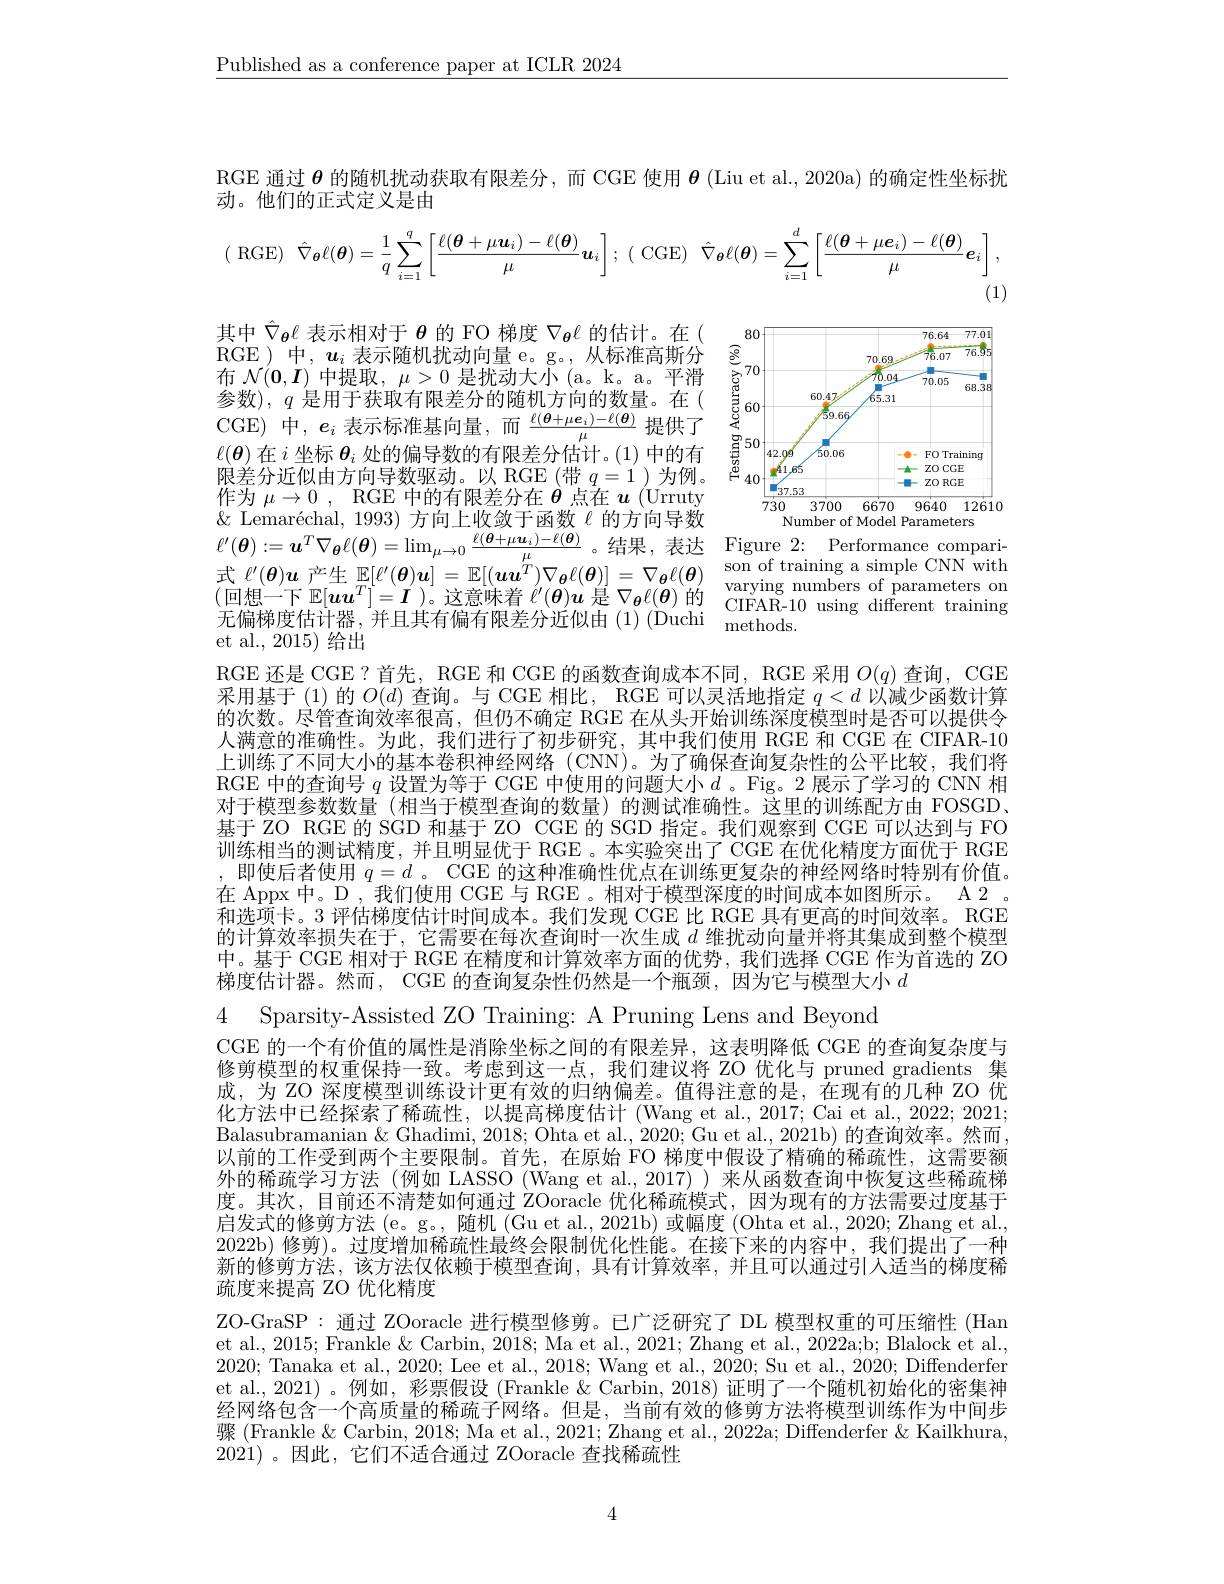
$\underline{\text{Published as a conference paper at ICLR 2024}}$

RGE 通过$\theta$的随机扰动获取有限差分，而 CGE 使用$\boldsymbol{\theta}$ (Liu et al., 2020a) 的确定性坐标扰
动。他们的正式定义是由
$$(\:\mathrm{RGE})\:\hat{\nabla}_{\boldsymbol{\theta}}\ell(\boldsymbol{\theta})=\frac{1}{q}\sum_{i=1}^{q}\left[\frac{\ell(\boldsymbol{\theta}+\mu\boldsymbol{u}_{i})-\ell(\boldsymbol{\theta})}{\mu}\boldsymbol{u}_{i}\right];\:(\:\mathrm{CGE})\:\hat{\nabla}_{\boldsymbol{\theta}}\ell(\boldsymbol{\theta})=\sum_{i=1}^{d}\left[\frac{\ell(\boldsymbol{\theta}+\mu\boldsymbol{e}_{i})-\ell(\boldsymbol{\theta})}{\mu}\boldsymbol{e}_{i}\right],$$
<FigureHere>
Number of Model Parameters

其中$\hat{\nabla}_{\theta}\ell$表示相对于$\theta$的 FO 梯度$\nabla_{\theta}\ell$的估计。在( RGE)中，$u_i$表示随机扰动向量 e。g。,从标准高斯分布$\mathcal{N}(\mathbf{0},\boldsymbol{I})$中提取$,\mu>0$是扰动大小(a。k。a。平滑参数), $q$是用于获取有限差分的随机方向的数量。在( CGE) 中，$e_i$表示标准基向量，而$\frac{\ell(\boldsymbol{\theta}+\mu\boldsymbol{e}_i)-\ell(\boldsymbol{\theta})}\mu$提供了$\ell(\boldsymbol{\theta})$在$i$坐标$\boldsymbol\theta_i$处的偏导数的有限差分估计。(1)中的有限差分近似由方向导数驱动。以 RGE (带 $q=1)$为例。作为 $\mu \to 0 , $RGE中的有限差分在 $\boldsymbol{\theta}~$点在 $\boldsymbol{u}~($Urruty $\& \text{ Lemar\'{e} chal, 1993) 方 向 上 收 敛 于 函 数 }\ell$的方向导数$\ell^{\prime}(\boldsymbol{\theta}):=\boldsymbol{u}^T\nabla_{\boldsymbol{\theta}}\ell(\boldsymbol{\theta})=\lim_{\mu\to0}\frac{\ell(\boldsymbol{\theta}+\mu\boldsymbol{u}_i)-\ell(\boldsymbol{\theta})}{\underline{\mu}}$。结果，表达 Figure 2:Performance compari式$\ell^{\prime}(\boldsymbol{\theta})\boldsymbol{u}$产生$\mathbb{E} [ \ell ^{\prime }( \boldsymbol{\theta }) \boldsymbol{u}] = \mathbb{E} [ ( \boldsymbol{u}\boldsymbol{u}^{T}) \nabla _{\boldsymbol{\theta }}\ell ( \boldsymbol{\theta }) ] = \nabla _{\boldsymbol{\theta }}\ell ( \boldsymbol{\theta })$ son of training a simple CNN with 山 $\ell ( \boldsymbol{\upsilon }) \boldsymbol{u}^{\prime }$ 生 出 $\ell ( \boldsymbol{\upsilon }) \boldsymbol{u}] - \mathbb{L} [ ( \boldsymbol{u}\boldsymbol{u}) \boldsymbol{v}\boldsymbol{\theta }( \boldsymbol{\upsilon }) ] - \nabla \boldsymbol{\theta }\ell ( \boldsymbol{\upsilon })$ ( 回 想 一 下 $\mathbb{E} [ \boldsymbol{u}\boldsymbol{u}^T] = \boldsymbol{I}$ ) 。这 意 味 着 $\ell ^{\prime }( \boldsymbol{\theta }\boldsymbol{u}$ 是 $\nabla _{\boldsymbol{\theta }}\ell ( \boldsymbol{\theta })$ 的 varying numbers of parameters on 无 偏 梯 度 估 计 果 并 日 甘 右 偏 右 限 差 分 诉 价 由 ( 1) ( DuchiCIFAR- 10 using differe 九偏梯度估计器，并且其有偏有限差分近似由(1)(Duchi methods.
et al., 2015) 给出

RGE 还是 CGE? 首先，RGE 和 CGE 的函数查询成本不同，RGE 采用$O(q)$查询，CGE 采用基于 (1) 的$O(d)$查询。与 CGE 相比，RGE 可以灵活地指定$q<d$以减少函数计算的次数。尽管查询效率很高，但仍不确定 RGE 在从头开始训练深度模型时是否可以提供令人满意的准确性。为此，我们进行了初步研究，其中我们使用 RGE 和 CGE 在 CIFAR-10上训练了不同大小的基本卷积神经网络 (CNN)。为了确保查询复杂性的公平比较，我们将RGE 中的查询号$q$设置为等于 CGE 中使用的问题大小$d$ 。Fig。2 展示了学习的 CNN 相对于模型参数数量(相当于模型查询的数量)的测试准确性。这里的训练配方由 FOSGD、 基于 ZO RGE 的 SGD 和基于 ZO CGE 的 SGD 指定。我们观察到 CGE 可以达到与 FO 训练相当的测试精度，并且明显优于 RGE 。本实验突出了 CGE 在优化精度方面优于 RGE ,即使后者使用$q=d$ 。CGE 的这种准确性优点在训练更复杂的神经网络时特别有价值。在 Appx 中。D , 我们使用 CGE 与 RGE 。相对于模型深度的时间成本如图所示。A 2 。和选项卡。3 评估梯度估计时间成本。我们发现 CGE 比 RGE 具有更高的时间效率。RGE 的计算效率损失在于，它需要在每次查询时一次生成$d$维扰动向量并将其集成到整个模型中。基于 CGE 相对于 RGE 在精度和计算效率方面的优势，我们选择 CGE 作为首选的 ZO 梯度估计器。然而，CGE 的查询复杂性仍然是一个瓶颈，因为它与模型大小$d$

4 Sparsity-Assisted ZO Training: A Pruning Lens and Beyond
CGE 的一个有价值的属性是消除坐标之间的有限差异，这表明降低 CGE 的查询复杂度与修剪模型的权重保持一致。考虑到这一点，我们建议将 ZO 优化与 pruned gradients 集成，为 ZO 深度模型训练设计更有效的归纳偏差。值得注意的是，在现有的几种 ZO 优化方法中已经探索了稀疏性，以提高梯度估计 (Wang et al.,2017; Cai et al., 2022; 2021; Balasubramanian& Ghadimi, 2018; Ohta et al., 2020; Gu et al., 2021b) 的查询效率。然而， 以前的工作受到两个主要限制。首先，在原始 FO 梯度中假设了精确的稀疏性，这需要额外的稀疏学习方法 (例如 LASSO (Wang et al.,2017)) 来从函数查询中恢复这些稀疏梯度。其次，目前还不清楚如何通过 ZOoracle 优化稀疏模式，因为现有的方法需要过度基于启发式的修剪方法 (e。g。, 随机 (Gu et al., 2021b) 或幅度 (Ohta et al., 2020; Zhang et al., 2022b)修剪)。过度增加稀疏性最终会限制优化性能。在接下来的内容中，我们提出了一种新的修剪方法，该方法仅依赖于模型查询，具有计算效率，并且可以通过引入适当的梯度稀疏度来提高 ZO 优化精度
ZO-GraSP: 通过 ZOoracle 进行模型修剪。已广泛研究了 DL 模型权重的可压缩性 (Han et al., 2015; Frankle & Carbin, 2018; Ma et al., 2021; Zhang et al., 2022a;b; Blalock et al., 2020; Tanaka et al., 2020; Lee et al., 2018; Wang et al., 2020; Su et al., 2020; Diffenderfer et al.,2021)。例如，彩票假设 (Frankle & Carbin, 2018) 证明了一个随机初始化的密集神经网络包含一个高质量的稀疏子网络。但是，当前有效的修剪方法将模型训练作为中间步骤 (Frankle & Carbin, 2018; Ma et al., 2021; Zhang et al., 2022a; Diffenderfer & Kailkhura, 2021) 。因此，它们不适合通过 ZOoracle 查找稀疏性

4